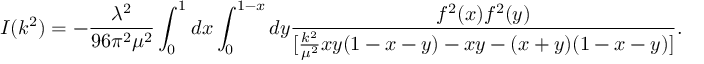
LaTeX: I ( k ^ { 2 } ) = - { \frac { \lambda ^ { 2 } } { 9 6 \pi ^ { 2 } \mu ^ { 2 } } } \int _ { 0 } ^ { 1 } d x \int _ { 0 } ^ { 1 - x } d y { \frac { f ^ { 2 } ( x ) f ^ { 2 } ( y ) } { [ { \frac { k ^ { 2 } } { \mu ^ { 2 } } } x y ( 1 - x - y ) - x y - ( x + y ) ( 1 - x - y ) ] } } .